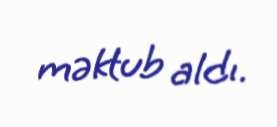
məktub aldı.